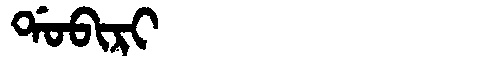
Manchu: ᡩᠣᠪᡳᡵᡳ
Romanization: DOBIRI